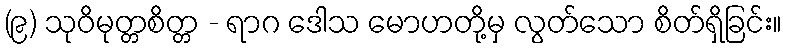
(၉) သုဝိမုတ္တစိတ္တ - ရာဂ ဒေါသ မောဟတို့မှ လွတ်သော စိတ်ရှိခြင်း။